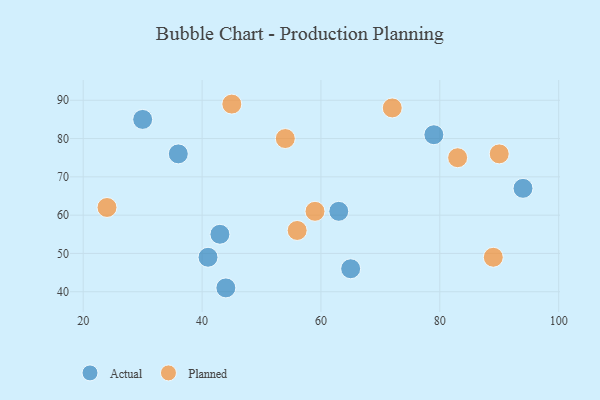
{"axis": {"x": "GDP", "y": "Life Expectancy"}, "legend": ["Actual", "Planned"], "data": [{"x": "65", "y": 46, "type": "Actual"}, {"x": "36", "y": 76, "type": "Actual"}, {"x": "43", "y": 55, "type": "Actual"}, {"x": "94", "y": 67, "type": "Actual"}, {"x": "41", "y": 49, "type": "Actual"}, {"x": "79", "y": 81, "type": "Actual"}, {"x": "44", "y": 41, "type": "Actual"}, {"x": "30", "y": 85, "type": "Actual"}, {"x": "63", "y": 61, "type": "Actual"}, {"x": "56", "y": 56, "type": "Planned"}, {"x": "89", "y": 49, "type": "Planned"}, {"x": "83", "y": 75, "type": "Planned"}, {"x": "54", "y": 80, "type": "Planned"}, {"x": "45", "y": 89, "type": "Planned"}, {"x": "24", "y": 62, "type": "Planned"}, {"x": "59", "y": 61, "type": "Planned"}, {"x": "72", "y": 88, "type": "Planned"}, {"x": "90", "y": 76, "type": "Planned"}]}